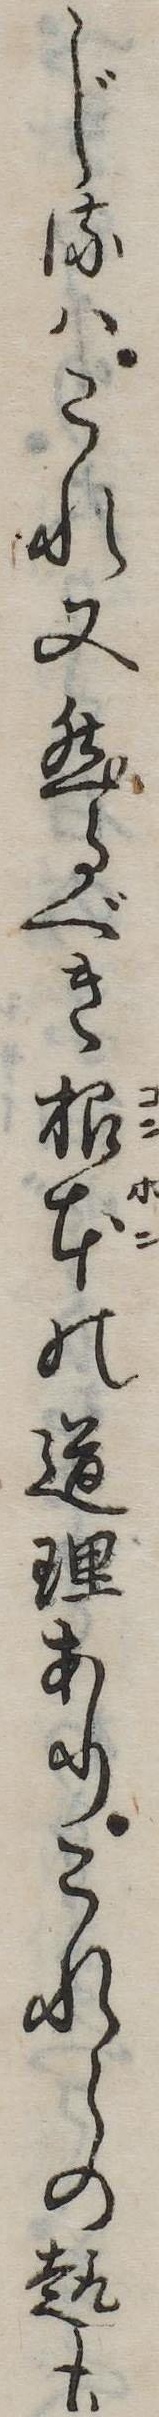
じるはこれ又然るべき根本の道理ありこれらの趣も